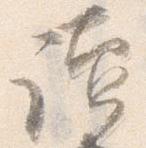
読